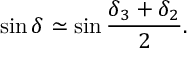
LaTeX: \sin \delta \simeq \sin \frac { \delta _ { 3 } + \delta _ { 2 } } { 2 } .